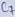
Text: C7